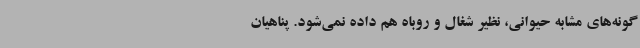
گونه‌های مشابه حیوانی، نظیر شغال و روباه هم داده نمی‌شود. پناهیان